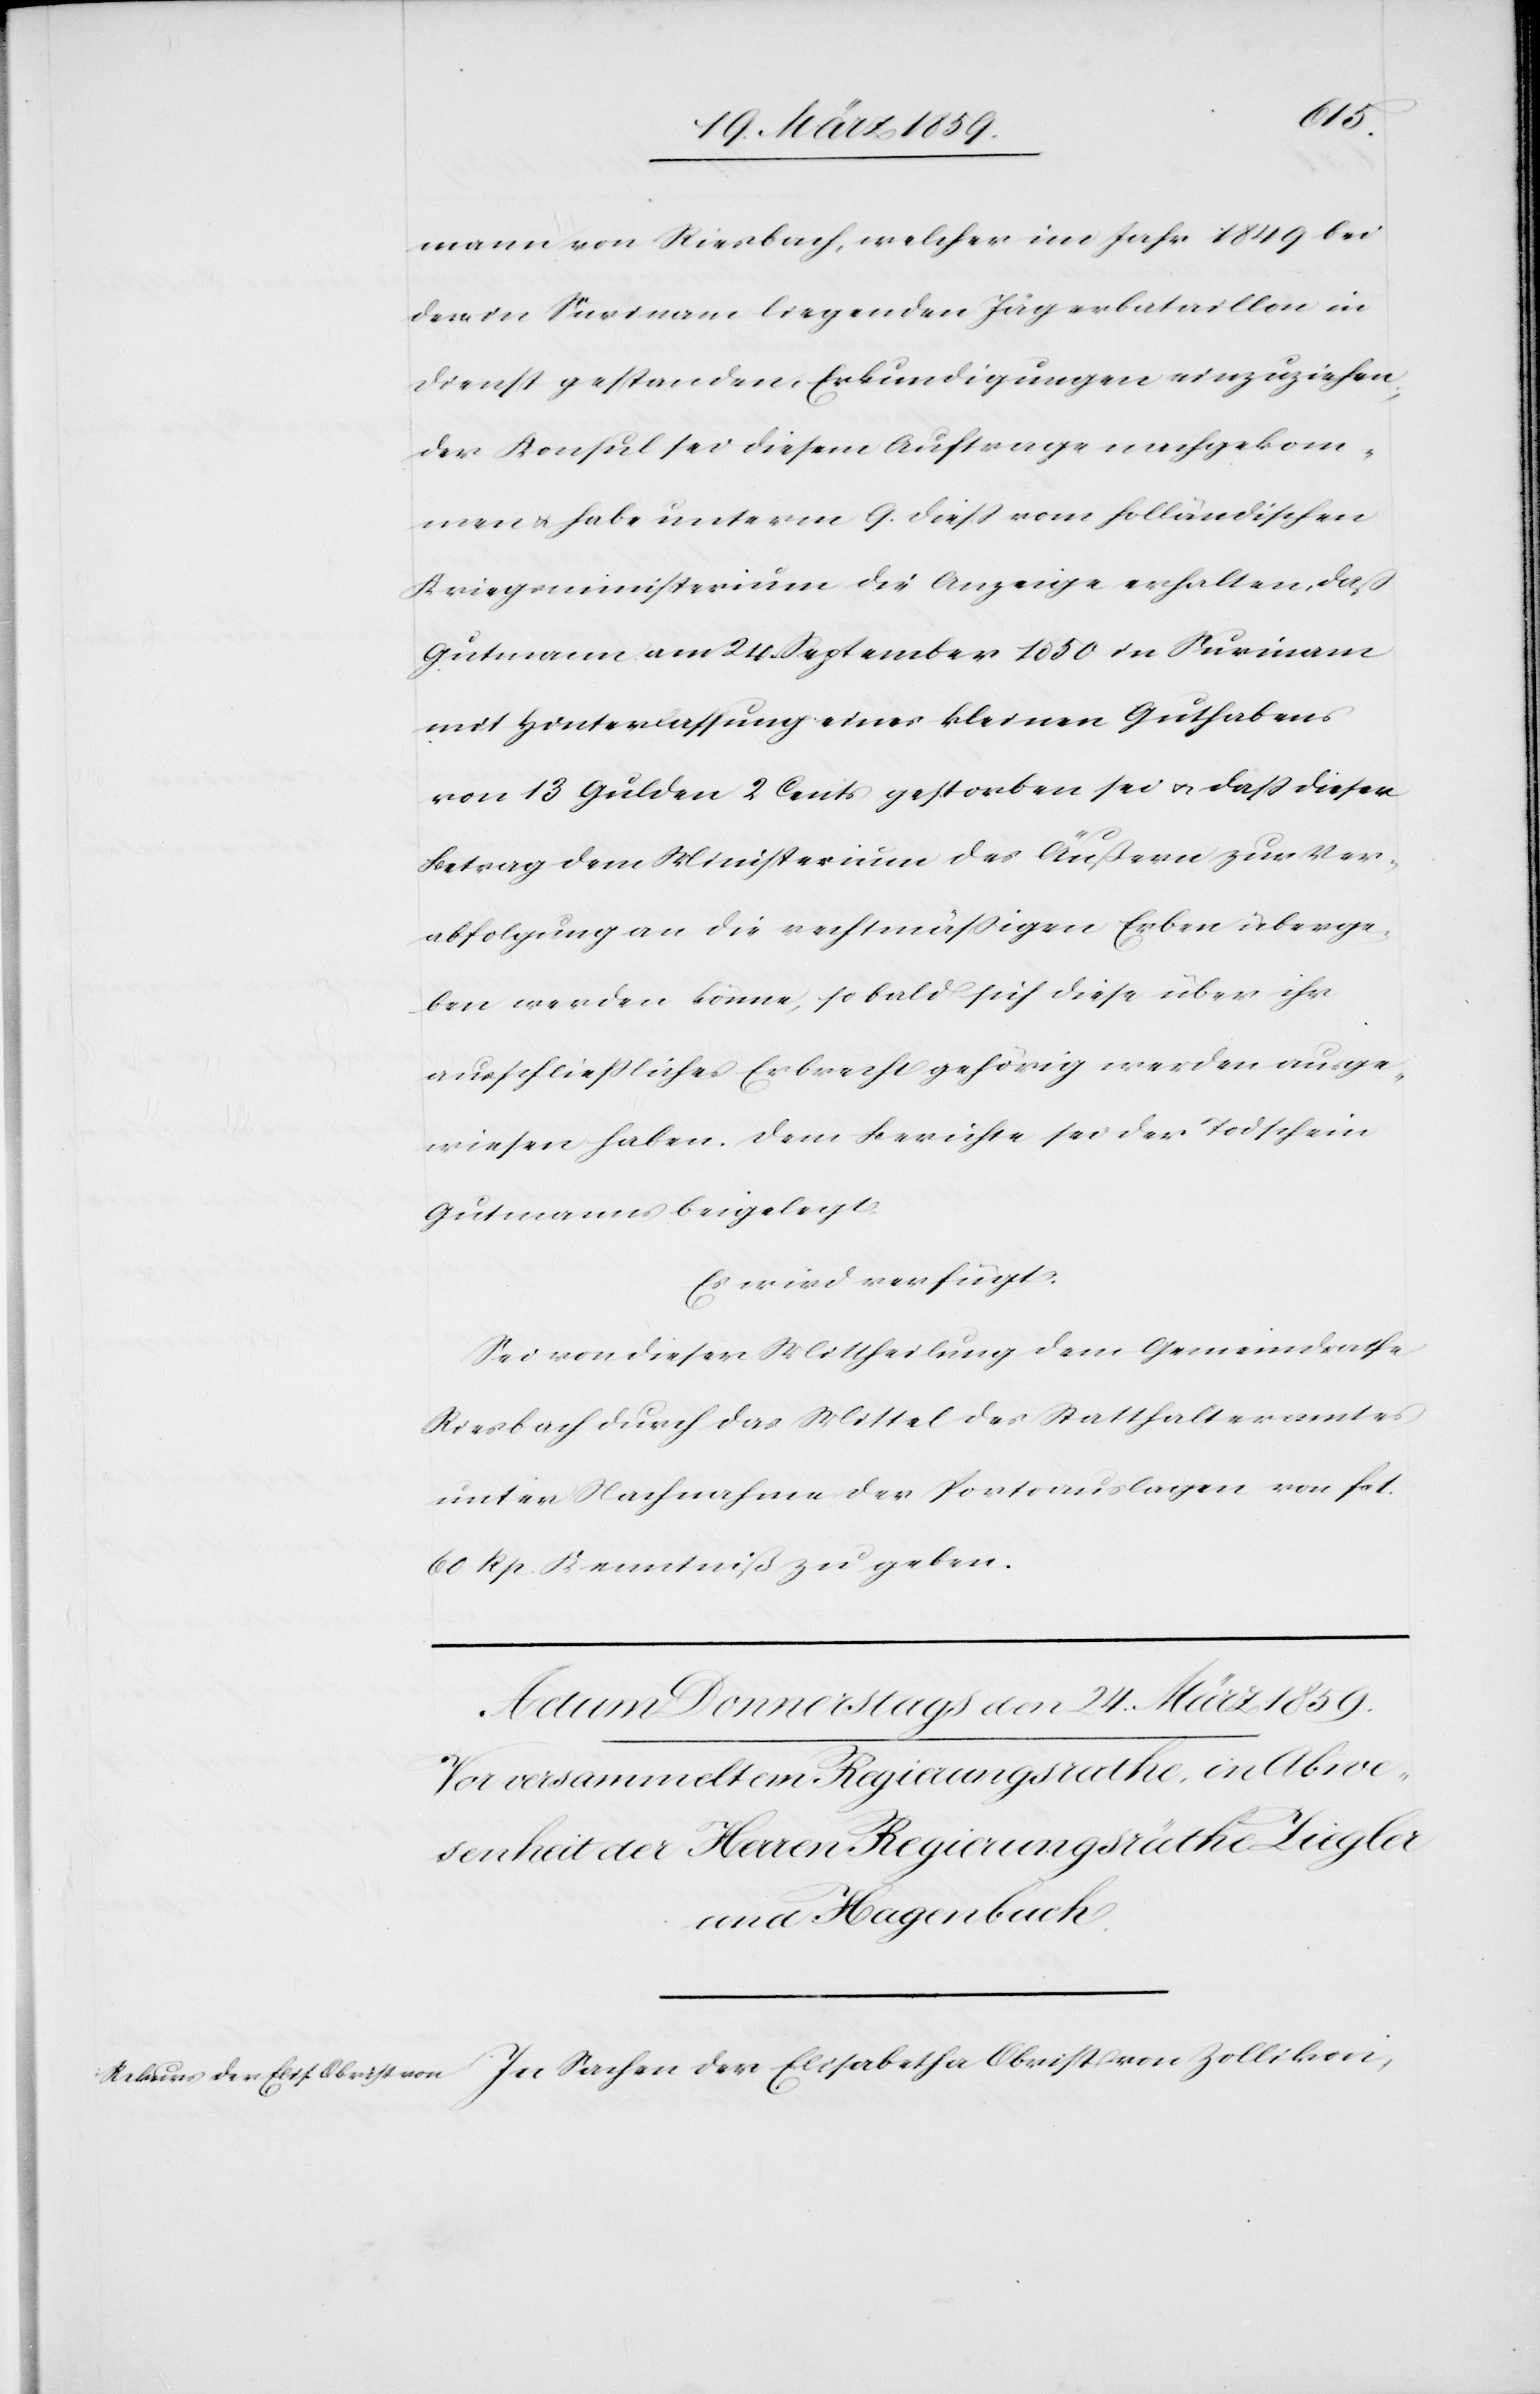
von
mann von Riesbach, welcher im Jahr 1849 bei
dem in Surinam liegenden Jägerbataillon in
Dienst gestanden, Erkundigungen einzuziehen;
der Konsul sei diesem Auftrage nachgekom¬
men u. habe unterm 9. dieß vom holländischen
Kriegsministerium die Anzeige erhalten, daß
Gutmann am 24. September 1859 in Surinam
mit Hinterlassung eines kleinen Guthabens
von 13 Gulden 2 Cents gestorben sei u. daß dieser
Betrag dem Ministerium des Äußern zur Ver¬
abfolgung an die rechtmäßigen Erben überge¬
ben werden könne, so bald sich diese über ihr
ausschließliches Erbrecht gehörig werden ausge¬
wiesen haben. Dem Berichte sei der Todschein
Gutmanns beigelegt.
Es wird verfügt:
Sei von dieser Mittheilung dem Gemeindrathe
Riesbach durch das Mittel des Statthalteramtes
unter Nachnahme der Portoauslagen von fol.
60 Rp. Kenntniß zu geben.